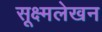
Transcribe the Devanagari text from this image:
सूक्ष्मलेखन